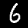
Digit: 6